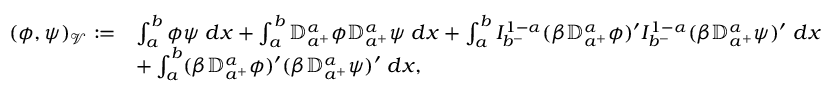
\begin{array} { r l } { ( \phi , \psi ) _ { \mathcal V } : = } & { \int _ { a } ^ { b } \phi \psi \; d x + \int _ { a } ^ { b } { \mathbb D } _ { a ^ { + } } ^ { \alpha } \phi { \mathbb D } _ { a ^ { + } } ^ { \alpha } \psi \; d x + \int _ { a } ^ { b } I _ { b ^ { - } } ^ { 1 - \alpha } ( \beta { \mathbb D } _ { a ^ { + } } ^ { \alpha } \phi ) ^ { \prime } I _ { b ^ { - } } ^ { 1 - \alpha } ( \beta { \mathbb D } _ { a ^ { + } } ^ { \alpha } \psi ) ^ { \prime } \; d x } \\ & { + \int _ { a } ^ { b } ( \beta { \mathbb D } _ { a ^ { + } } ^ { \alpha } \phi ) ^ { \prime } ( \beta { \mathbb D } _ { a ^ { + } } ^ { \alpha } \psi ) ^ { \prime } \; d x , } \end{array}